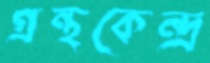
গ্রন্থকেন্দ্র